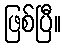
ဖြစ်ပြီ။